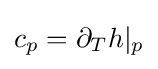
c_{p}=\partial _{T}h|_{p}